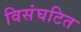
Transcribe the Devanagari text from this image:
विसंघटित